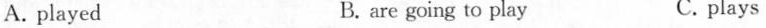
A. played B. are going to play C. plays